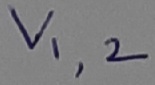
Text: V1,2